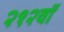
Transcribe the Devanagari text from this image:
२१२वॉ